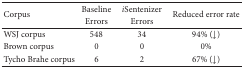
| <ROWSPAN=2> Corpus | Baseline | iSentenizer | <ROWSPAN=2> Reduced error rate |
 | Errors | Errors |
 | --- | --- | --- | --- |
 | WSJ corpus | 548 | 34 | 94% (↓) |
 | Brown corpus | 0 | 0 | 0% |
 | Tycho Brahe corpus | 6 | 2 | 67% (↓) |